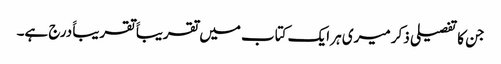
جن کا تفصیلی ذکر میری ہر ایک کتاب میں تقریباََ تقریباََ درج ہے۔